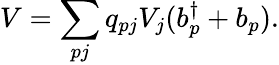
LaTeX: V=\sum_{pj}q_{pj}V_{j}(b_{p}^{\dagger}+b_{p}).